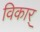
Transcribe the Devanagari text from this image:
विकार्